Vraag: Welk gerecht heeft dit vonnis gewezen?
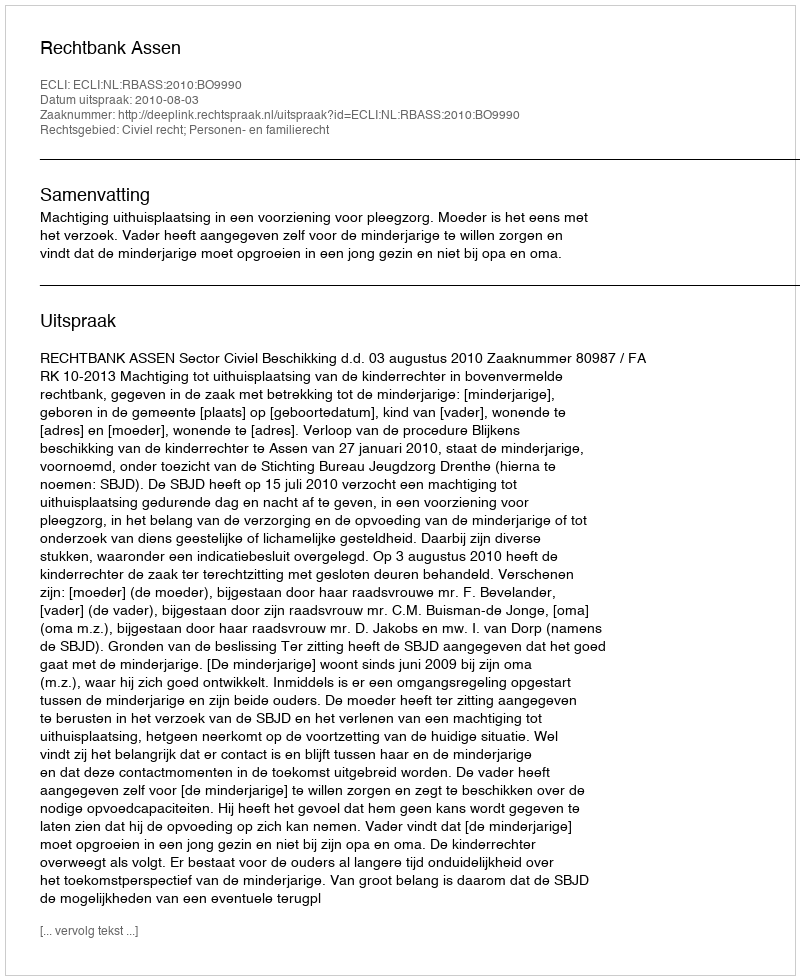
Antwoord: Rechtbank Assen